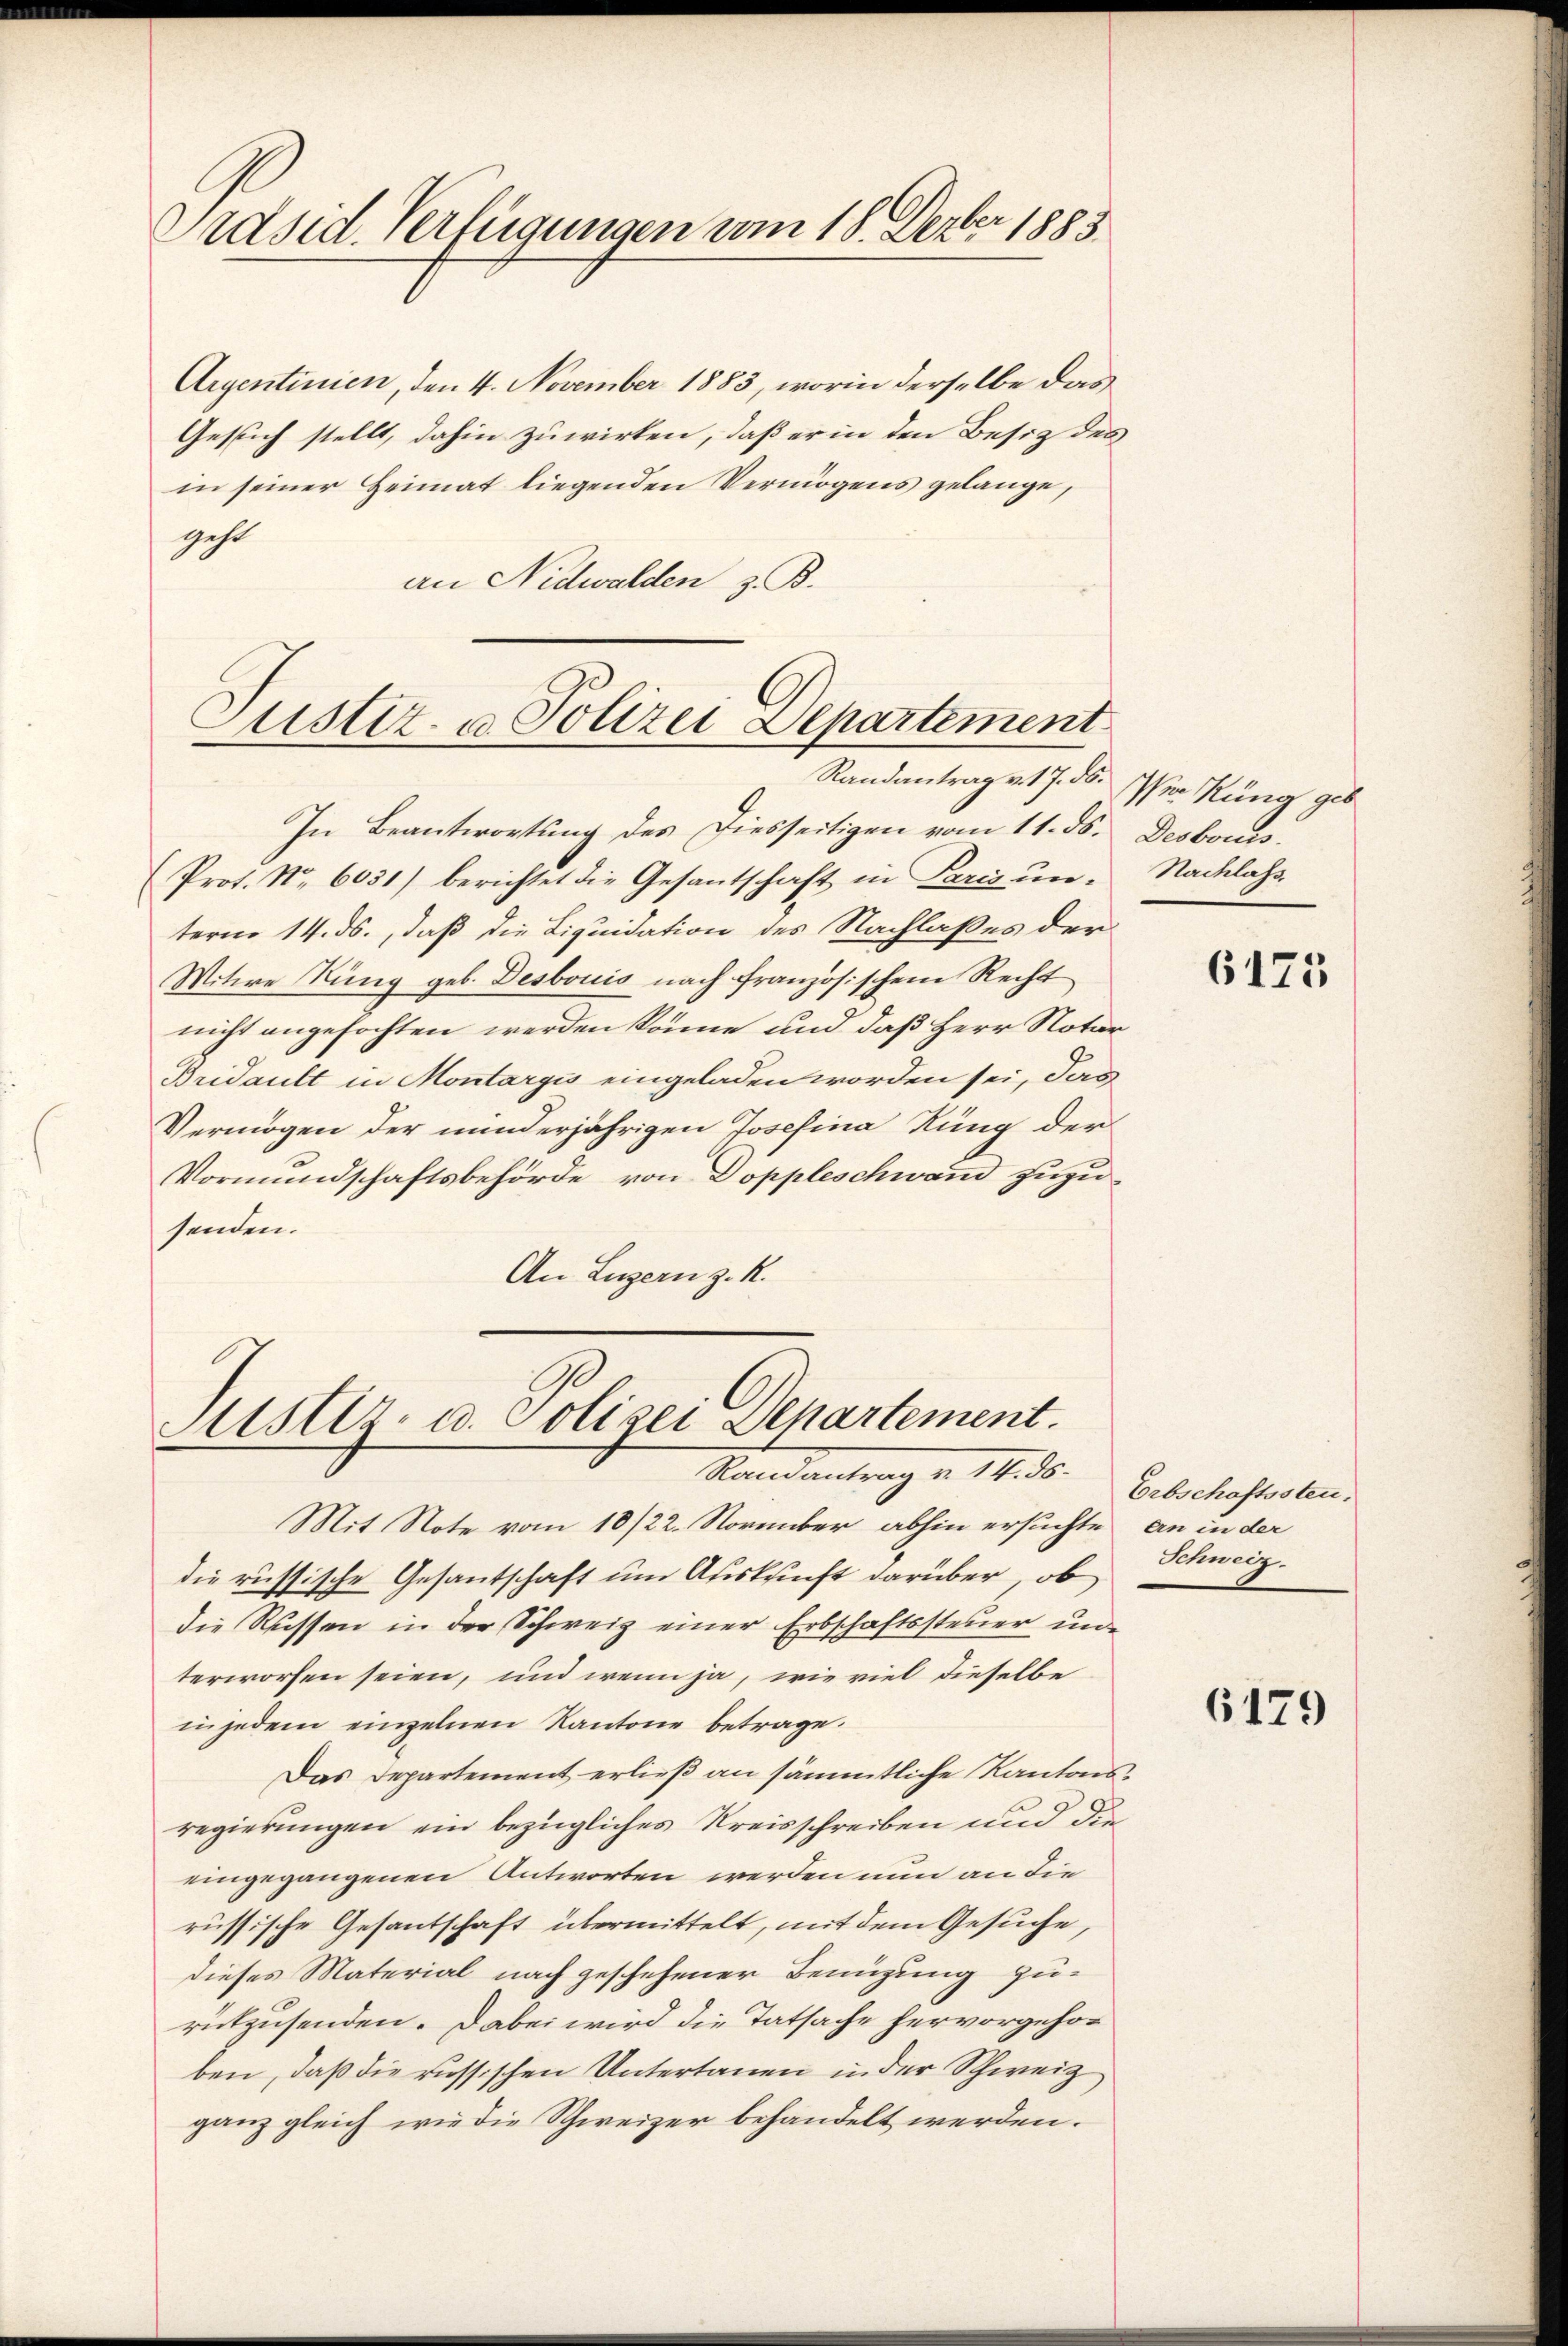
Präsid. Verfügungen vom 18. Dezber 1883

Argentinien, den 4. November 1883, worin derselbe das
Gesuch stellt, dahin zuwirken, daß er in den Besitz des
in seiner Heimat liegenden Vermögens gelange,
geht
an Nidwalden z. B.

Justiz- & Polizei Departement
Randantrag v. 17. ds. sten Küng geb

Sistiz- u. Polizei Departement.
Randantrag v. 14. ds.
Mit Note vom 10/22. November abhin ersuchte an in der

In Beantwortung des Diesseitigen vom 11. ds. Desbouis
Prot. Nr. 6051) berichtet die Gesantschaft in Paris un. Nachlass
terne 14. ds., daß die Liquidation des Nachlaßes der
Witwe Rung geb. Desbouis nach französischem Recht
nicht angefochten werden könne und daß Herr Notar
Bridault in Montargi eingeladen worden sei, das
Vermögen der minderjährigen Josefina Rung der
Vormundschaftsbehörde von Doppleschwand zuzusenden.
An Luzern z. R.

die russische Gesantschaft um Auskunft darüber, ob
die Rüssen in der Schweiz einer Erbschaftssteŭer un
terworfen seien, und wenn ja, wie viel dieselbe
in jedem einzelnen Kantone betrage.
Das Departement erließ an sämmtliche Kantonsregierungen ein bezügliches Kreisschreiben und die
eingegangenen Antworten werden nun an die
russische Gesantschaft übermittelt, mit dem Gesuche,
dieses Material nach geschehener Benüzung zu-
rückzusenden. Dabei wird die Tatsache hervorgehoben, daß die russischen Untertanen in der Schweiz
ganz gleich wie die Schweizer behandelt werden.

6175

Erbschaftssten.
Schweiz.

6179